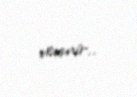
vermir..